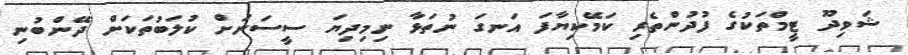
ޝަވިދޫ ޓީމްތަކުގެ ފުދުންތެރި ކަމޭކިޔާފަ އަނގަ ނުތަޅާ ނިމިދިޔަ ސީސަނަށް ކުލަބުތަކަށް ދޭންބުނި